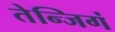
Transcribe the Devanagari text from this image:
तेन्जिगं